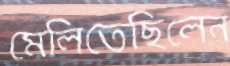
মেলিতেছিলেন